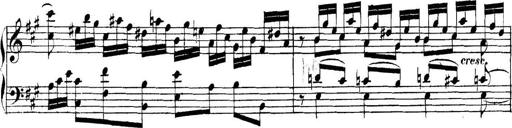
Title: Collected Piano Sonatas
Composer: Muzio Clementi